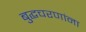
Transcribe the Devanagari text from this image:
बुद्धचरणांना